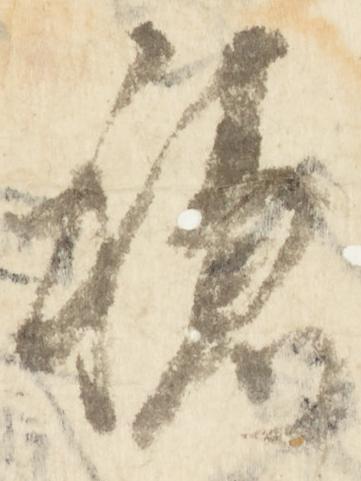
穏